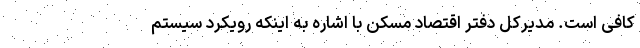
کافی است. مدیرکل دفتر اقتصاد مسکن با اشاره به اینکه رویکرد سیستم